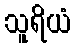
သူရိယံ